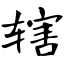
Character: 辖